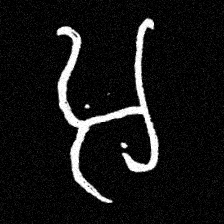
Pyu character \u2014 Myanmar letter: အ (romanized: a)